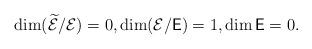
LaTeX: \begin{align*}\dim (\widetilde{\mathcal E}/\mathcal E)=0,\dim(\mathcal E/\mathsf E)=1,\dim\mathsf E=0.\end{align*}